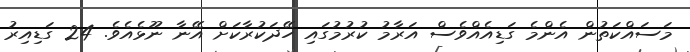
މަސައްކަތުން އެންމެ ގަޑިއެއްވެސް އަރާމު ކުރުމުގައި ހޭދަކުރާކަށް އޭނާ ނޫޅެއެވެ. 24 ގަޑިއިރު